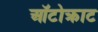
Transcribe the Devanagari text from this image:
ऑटोक्राट